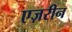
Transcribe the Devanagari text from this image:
एज़रीन